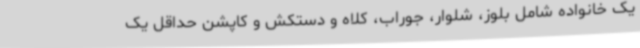
یک خانواده شامل بلوز، شلوار، جوراب، کلاه و دستکش و کاپشن حداقل یک